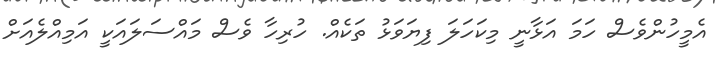
އެމީހުންވެސް ހަމަ އަޅާނީ މިކަހަލަ ފިޔަވަޅު ތަކެއް. ހުރިހާ ވެސް މައްސަލައަކީ އަމިއްލެއަށް